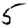
Digit: 5